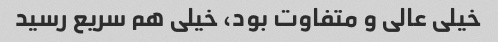
خیلی عالی و متفاوت بود، خیلی هم سریع رسید